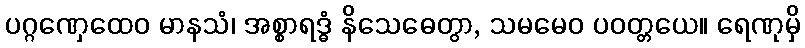
ပဂ္ဂဏှေထေဝ မာနသံ၊ အစ္စာရဒ္ဓံ နိသေဓေတွာ, သမမေဝ ပဝတ္တယေ။ ရေဏုမှိ